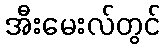
အီးမေးလ်တွင်